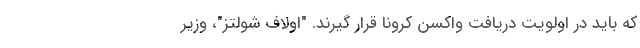
که باید در اولویت دریافت واکسن کرونا قرار گیرند. "اولاف شولتز"، وزیر